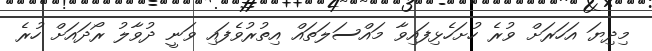
މިދިޔަ އަހަރަށް ވުރެ ހުށަހެޅިފައިވާ މައްސަލަތައް އިތުރުވެފައި ވަނީ ދުވާލު ރޯދައަށް ހުރެ